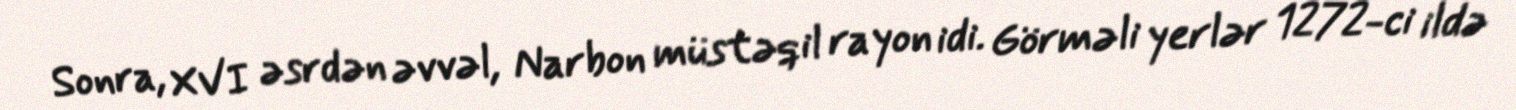
Sonra, XVI əsrdən əvvəl, Narbon müstəqil rayon idi. Görməli yerlər 1272-ci ildə